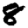
Digit: 8